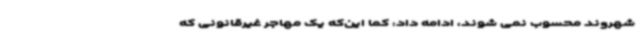
شهروند محسوب نمی شوند، ادامه داد: کما این‌که یک مهاجر غیرقانونی که